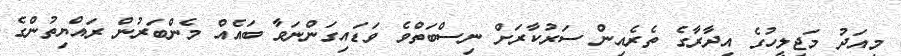
މިއަދު މަޖިލީހުގެ އިދާރާގެ ތެރެއިން ސަރުކާރަށް ނިސްބަތްވެ ވަޑައިގަންނަވާ ބައެއް މެންބަރުން ރައްޔިތުންގެ